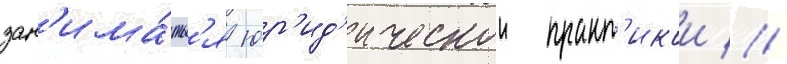
зан'има́тьс'я юр'ид'ическои практ'икои //